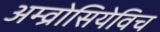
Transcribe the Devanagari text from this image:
अम्व्रोसियेविच